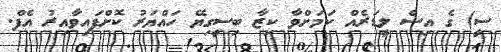
ސީ) ގެ އިސް ލީޑަރެއް ކަމަށްވާ ކިޒާ ބިސީގިޔޭ ހައްޔަރު ކޮށްފައިވާއިރު އެފް.